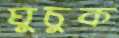
ঘুচুক